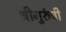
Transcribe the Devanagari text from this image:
श्रीगुरुंची